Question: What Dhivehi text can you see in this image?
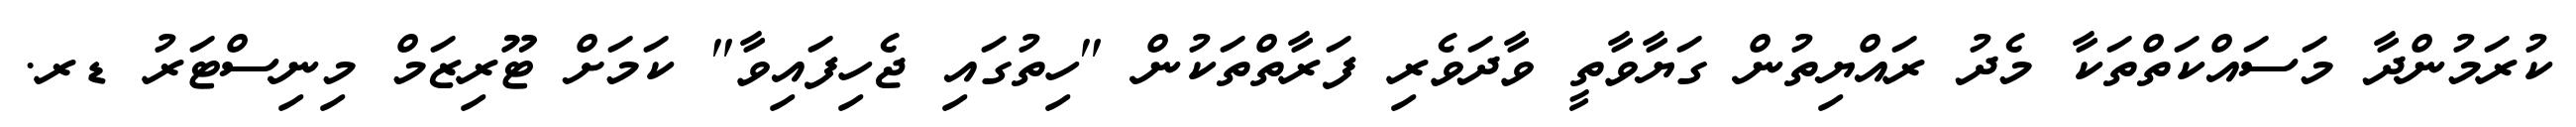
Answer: ކުރަމުންދާ މަސައްކަތްތަކާ މެދު ރައްޔިތުން ގަޔާވާތީ ވާދަވެރި ފަރާތްތަކުން "ހިތުގައި ޖެހިފައިވާ" ކަމަށް ޓޫރިޒަމް މިނިސްޓަރު ޑރ.